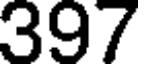
397